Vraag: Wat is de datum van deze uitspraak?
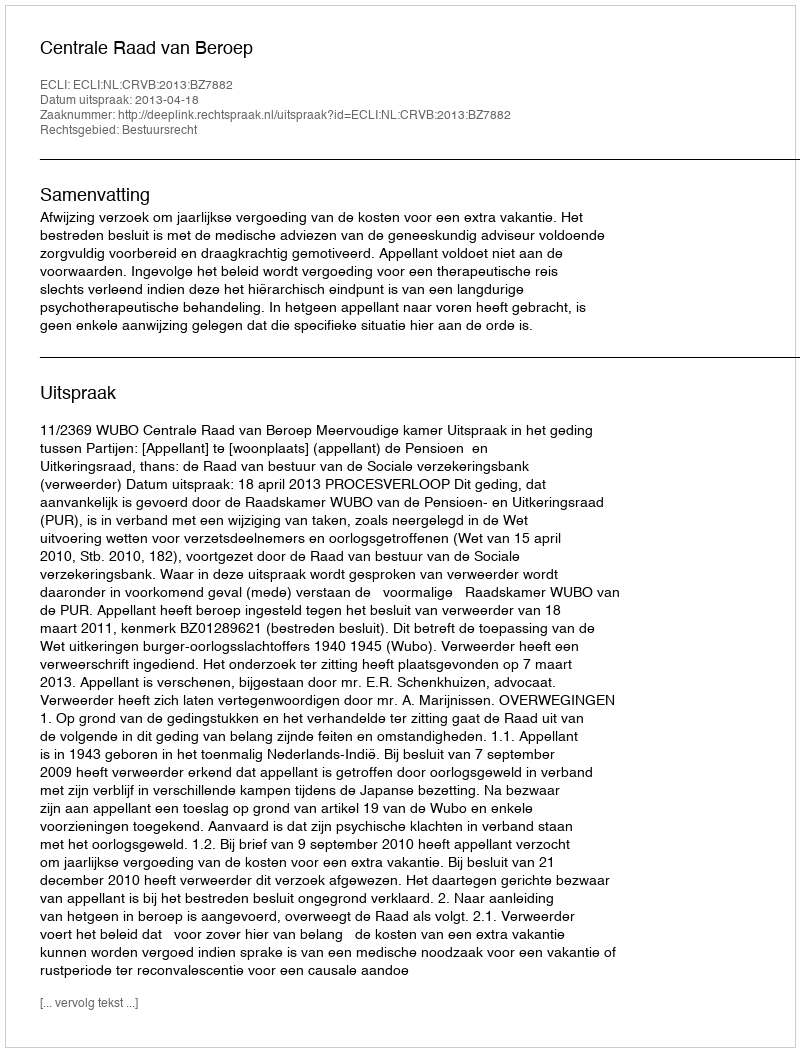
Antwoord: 2013-04-18